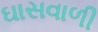
ઘાસવાળી